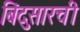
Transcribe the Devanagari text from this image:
बिंदुसारची